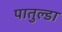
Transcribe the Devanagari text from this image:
पातुल्डा